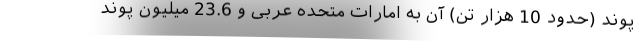
پوند (حدود 10 هزار تن) آن به امارات متحده عربی و 23.6 میلیون پوند